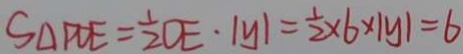
S _ { \Delta } P D E = \frac { 1 } { 2 } O E \cdot \vert y \vert = \frac { 1 } { 2 } \times 6 \times \vert y \vert = 6